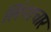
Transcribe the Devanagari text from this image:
लिंगाचार